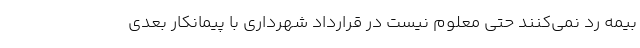
بیمه رد نمی‌کنند حتی معلوم نیست در قرارداد شهرداری با پیمانکار بعدی